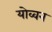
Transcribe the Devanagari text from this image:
योव्वन